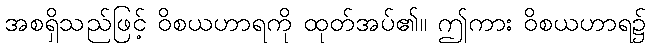
အစရှိသည်ဖြင့် ဝိစယဟာရကို ထုတ်အပ်၏။ ဤကား ဝိစယဟာရ၌